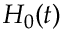
H _ { 0 } ( t )